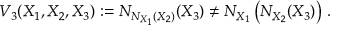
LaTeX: V _ { 3 } ( X _ { 1 } , X _ { 2 } , X _ { 3 } ) : = N _ { N _ { X _ { 1 } } ( X _ { 2 } ) } ( X _ { 3 } ) \not = N _ { X _ { 1 } } \left( N _ { X _ { 2 } } ( X _ { 3 } ) \right) \, .